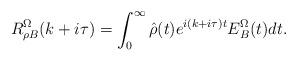
LaTeX: \begin{align*} R_{\rho B}^{\Omega}(k + i \tau)= \int_0^{\infty} \hat{\rho}(t) e^{i (k + i \tau) t} E_{B}^{\Omega}(t) dt. \end{align*}